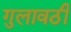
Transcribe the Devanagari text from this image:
गुलावठी